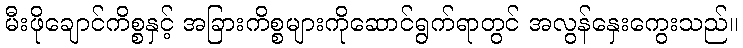
မီးဖိုချောင်ကိစ္စနှင့် အခြားကိစ္စများကိုဆောင်ရွက်ရာတွင် အလွန်နှေးကွေးသည်။